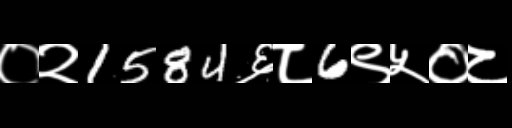
Text: ०२1584६८6९५०८